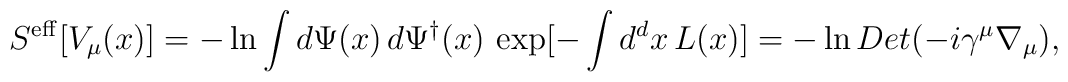
S^{\rm eff}[V_\mu (x)] = -\ln  \int d\Psi(x) \,d\Psi^\dagger(x)\,\exp[-\int d^d x \,L(x)] = -\ln Det (-i\gamma^\mu\nabla_\mu) ,